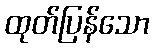
ထုတ်ပြန်သော